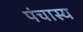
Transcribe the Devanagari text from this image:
पंचास्य